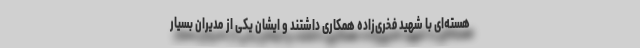
هسته‌ای با شهید فخری‌زاده همکاری داشتند و ایشان یکی از مدیران بسیار